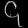
Digit: ၄